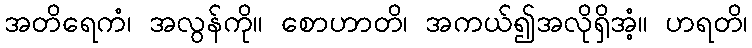
အတိရေကံ၊ အလွန်ကို။ စောဟာတိ၊ အကယ်၍အလိုရှိအံ့။ ဟရတိ၊